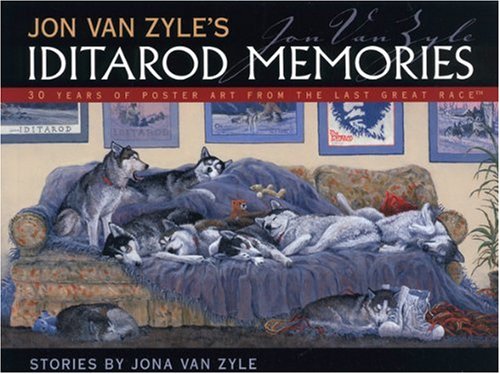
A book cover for Jon Van Zyle's Iditarod Memories: 30 Years of Poster Art from the Last Great Race; Jona Van Zyle; Sports & Outdoors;